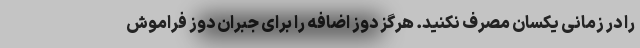
را در زمانی یکسان مصرف نکنید. هرگز دوز اضافه را برای جبران دوز فراموش